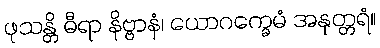
ဖုသန္တိ ဓီရာ နိဗ္ဗာနံ၊ ယောဂက္ခေမံ အနုတ္တရံ။